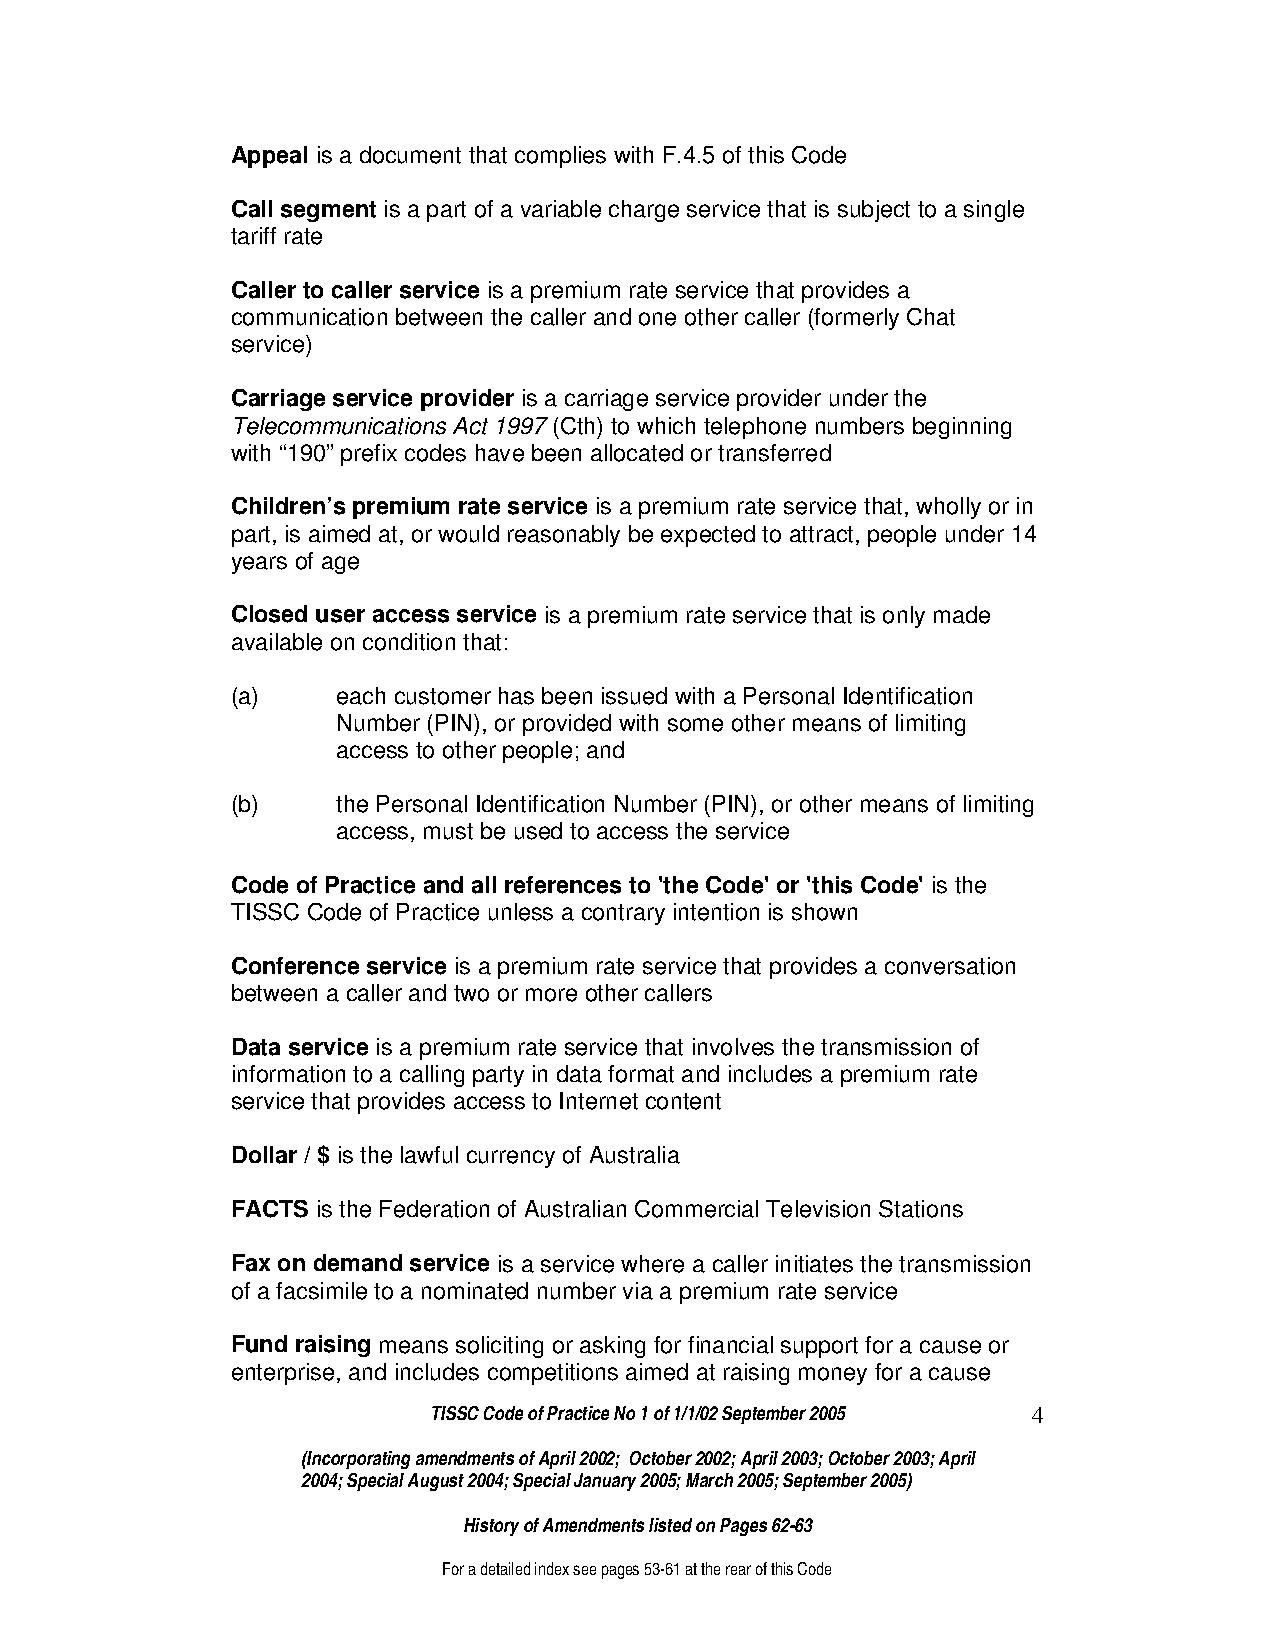
Appeal is a document that complies with F.4.5 of this Code
 Call segment is a part of a variable charge service that is subject to a single
 tariff rate
 Caller to caller service is a premium rate service that provides a
 communication between the caller and one other caller (formerly Chat
 service)
 Carriage service provider is a carriage service provider under the
 Telecommunications Act 1997 (Cth) to which telephone numbers beginning
 with “190” prefix codes have been allocated or transferred
 Children’s premium rate service is a premium rate service that, wholly or in
 part, is aimed at, or would reasonably be expected to attract, people under 14
 years of age
 Closed user access service is a premium rate service that is only made
 available on condition that:
 (a)    each customer has been issued with a Personal Identification
 Number (PIN), or provided with some other means of limiting
 access to other people; and
 (b)    the Personal Identification Number (PIN), or other means of limiting
 access, must be used to access the service
 Code of Practice and all references to 'the Code' or 'this Code' is the
 TISSC Code of Practice unless a contrary intention is shown
 Conference service is a premium rate service that provides a conversation
 between a caller and two or more other callers
 Data service is a premium rate service that involves the transmission of
 information to a calling party in data format and includes a premium rate
 service that provides access to Internet content
 Dollar / $ is the lawful currency of Australia
 FACTS is the Federation of Australian Commercial Television Stations
 Fax on demand service is a service where a caller initiates the transmission
 of a facsimile to a nominated number via a premium rate service
 Fund raising means soliciting or asking for financial support for a cause or
 enterprise, and includes competitions aimed at raising money for a cause
 TISSC Code of Practice No 1 of 1/1/02 September 2005 4
 (Incorporating amendments of April 2002; October 2002; April 2003; October 2003; April
 2004; Special August 2004; Special January 2005; March 2005; September 2005)
 History of Amendments listed on Pages 62-63
 For a detailed index see pages 53-61 at the rear of this Code